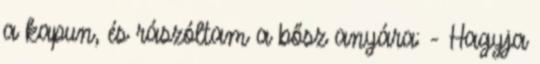
a kapun, és rászóltam a bősz anyára: - Hagyja